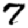
Digit: 7